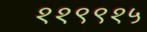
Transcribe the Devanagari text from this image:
११९९१५